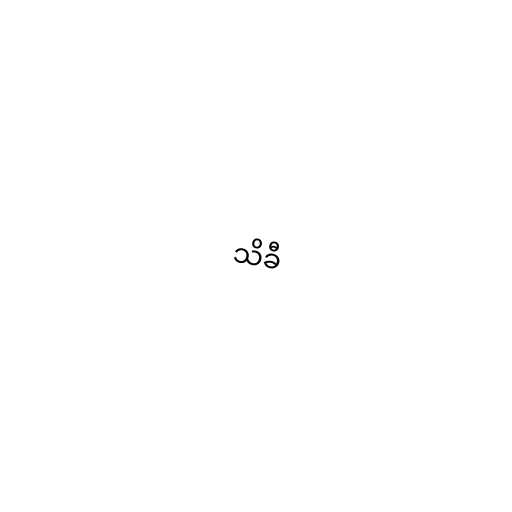
သိခီ